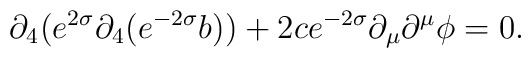
\partial_4 ( e^{2\sigma}\partial_4 (e^{-2\sigma}b))+2 c e^{-2\sigma} \partial_\mu \partial^\mu \phi  =0.